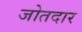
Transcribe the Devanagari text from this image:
जोतदार